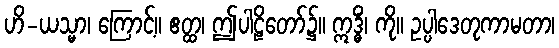
ဟိ-ယသ္မာ၊ ကြောင့်။ ဧတ္ထ၊ ဤပါဠိတော်၌။ ဣဒ္ဓိံ၊ ကို။ ဥပ္ပါဒေတုကာမတာ၊